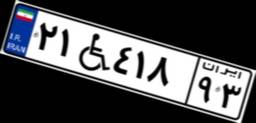
۲۱W۴۱۸۹۳